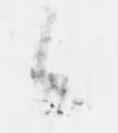
候